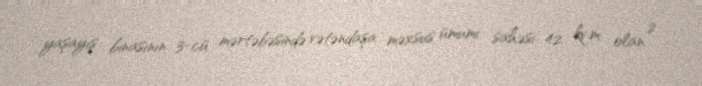
yaşayış binasının 3-cü mərtəbəsində vətəndaşa məxsus ümumi sahəsi 42 kv.m olan 2